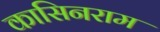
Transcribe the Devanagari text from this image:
कासिनराम